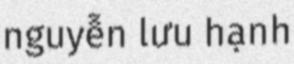
nguyễn lưu hạnh